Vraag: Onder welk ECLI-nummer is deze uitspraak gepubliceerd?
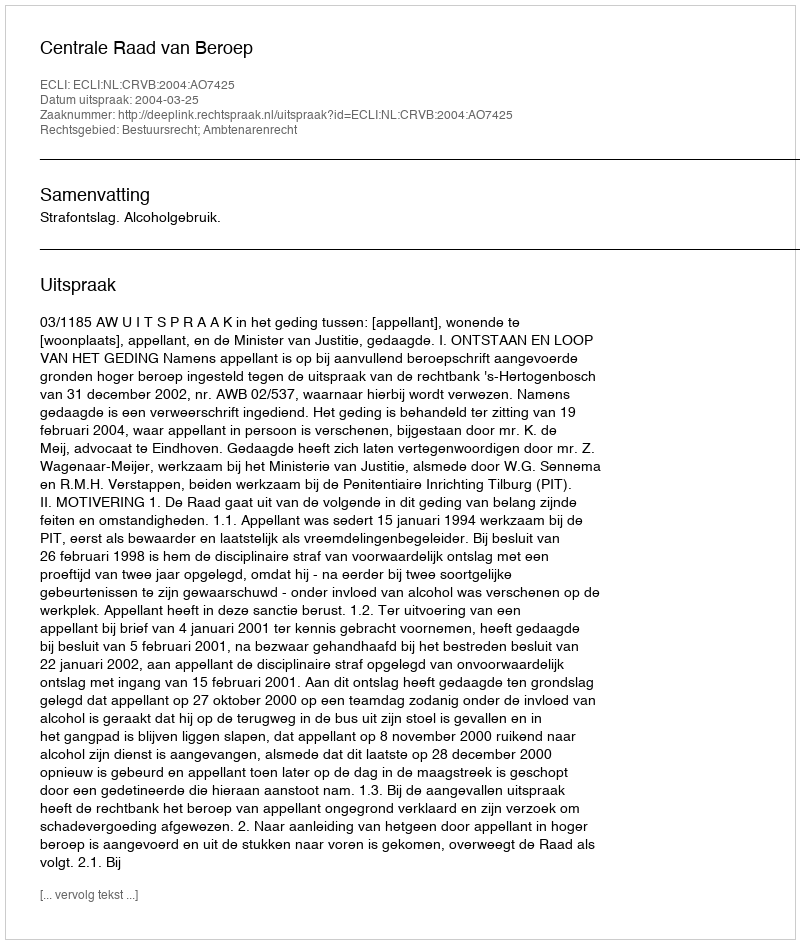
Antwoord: ECLI:NL:CRVB:2004:AO7425